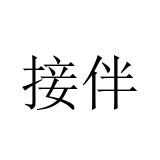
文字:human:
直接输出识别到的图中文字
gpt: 接伴